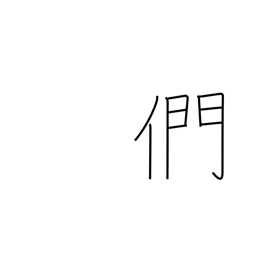
Meaning: plural suffix